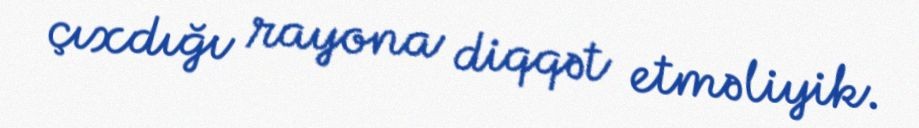
çıxdığı rayona diqqət etməliyik.